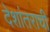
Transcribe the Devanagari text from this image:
देशांतराची